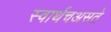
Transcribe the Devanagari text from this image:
स्वार्थचअसते